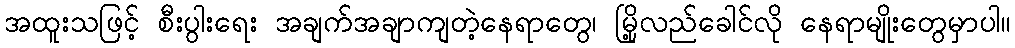
အထူးသဖြင့် စီးပွါးရေး အချက်အချာကျတဲ့နေရာတွေ၊ မြို့လည်ခေါင်လို နေရာမျိုးတွေမှာပါ။